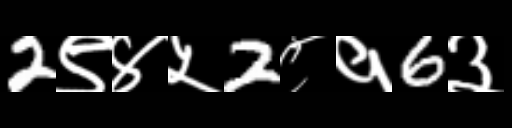
Text: 2९४५2८१6३